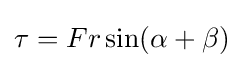
\tau =Fr\sin(\alpha +\beta )